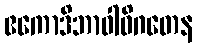
ဧကောဒိဘာဝါဓိဂတေန